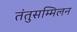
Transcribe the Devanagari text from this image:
तंतुसम्मिलन